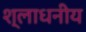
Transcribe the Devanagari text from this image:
श्लाधनीय